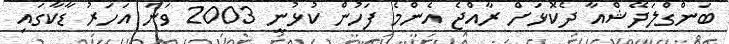
ބަންގްލަދޭޝްއާ ދެކޮޅަށް ރާއްޖެ އެންމެ ފަހުން ކުޅުނީ 2003 ވަނަ އަހަރު ޑާކާގައި